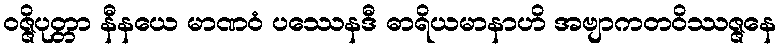
ဝဇ္ဇိပုတ္တာ နီနယေ မာဏဝံ ပဿေနဒီ ဓာရိယမာနာဟိ အဗျာကတဝိဿဇ္ဇနေ